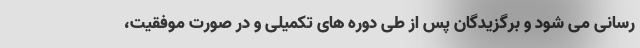
رسانی می شود و برگزیدگان پس از طی دوره های تکمیلی و در صورت موفقیت،